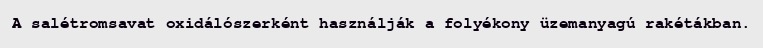
A salétromsavat oxidálószerként használják a folyékony üzemanyagú rakétákban.